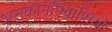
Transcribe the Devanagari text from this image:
अराकाननिवासियों